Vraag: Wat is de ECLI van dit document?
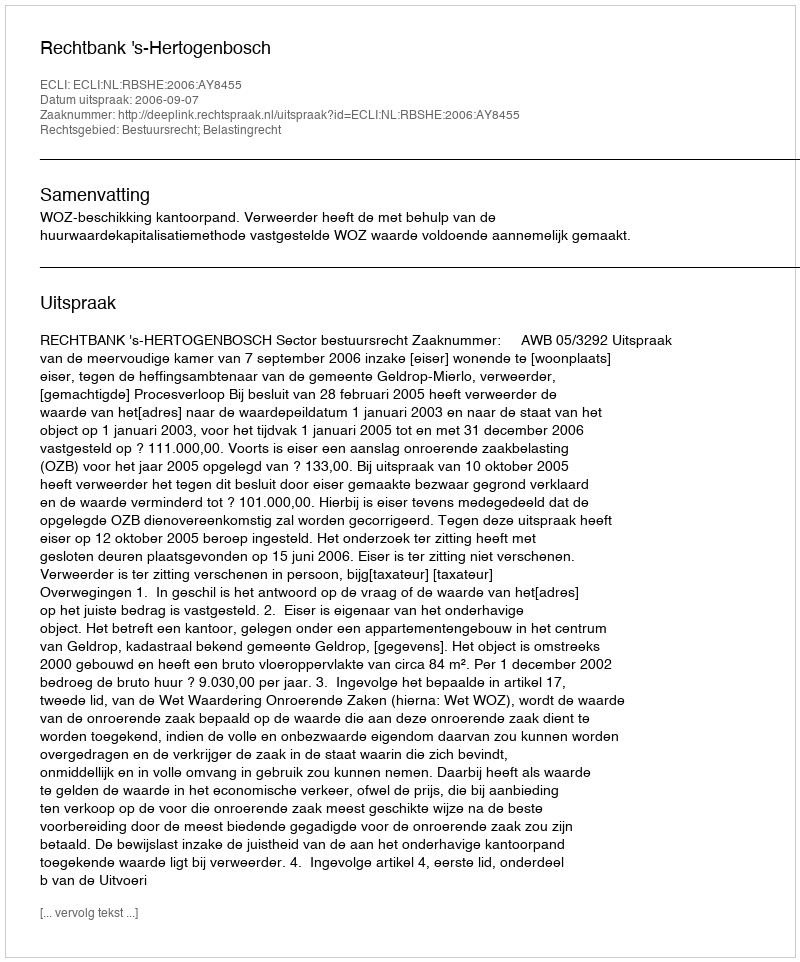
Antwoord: ECLI:NL:RBSHE:2006:AY8455